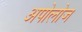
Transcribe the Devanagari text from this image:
अपोलोज